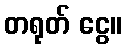
တရုတ် ငွေ။